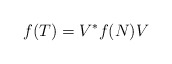
\begin{align*}f(T)=V^*f(N)V\end{align*}